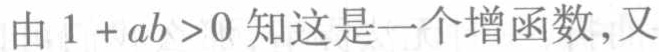
由\(1 + ab >0\)知这是一个增函数,又